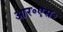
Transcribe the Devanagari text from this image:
आर॰एस॰